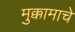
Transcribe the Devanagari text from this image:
मुक्कामाचे